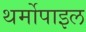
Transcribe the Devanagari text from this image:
थर्मोपाइल